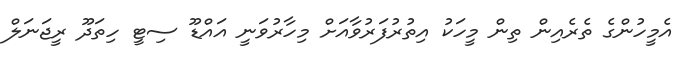
އެމީހުންގެ ތެރެއިން ތިން މީހަކު އިތުރުފަރުވާއަށް މިހާރުވަނީ އައްޑޫ ސިޓީ ހިތަދޫ ރީޖަނަލް